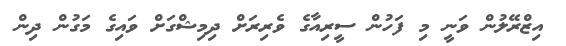
އިޒްރޭލުން ވަނީ މި ފަހުން ސީރިއާގެ ވެރިރަށް ދިމިޝްގަށް ވައިގެ މަގުން ދިން